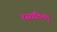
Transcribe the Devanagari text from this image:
रसादिमद्